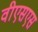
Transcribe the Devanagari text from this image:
वीएसएस